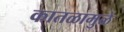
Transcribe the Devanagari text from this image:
कातळामुळे